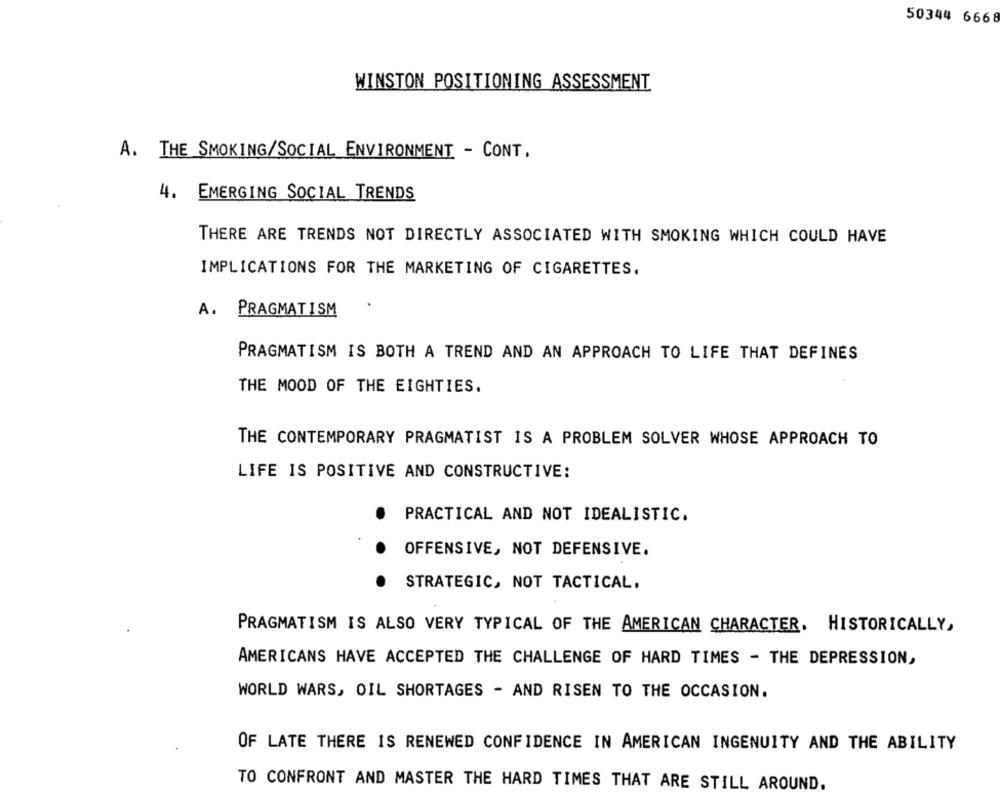
50344 6668
WINSTON POSITIONING ASSESSMENT
A. THE SMOKING/SOCIAL ENVIRONMENT - CONT.
4. EMERGING SOCIAL TRENDS
THERE ARE TRENDS NOT DIRECTLY ASSOCIATED WITH SMOKING WHICH COULD HAVE
IMPLICATIONS FOR THE MARKETING OF CIGARETTES.
A.
PRAGMATISM
PRAGMATISM IS BOTH A TREND AND AN APPROACH TO LIFE THAT DEFINES
THE MOOD OF THE EIGHTIES.
THE CONTEMPORARY PRAGMATIST IS A PROBLEM SOLVER WHOSE APPROACH TO
LIFE IS POSITIVE AND CONSTRUCTIVE:
. PRACTICAL AND NOT IDEALISTIC.
OFFENSIVE, NOT DEFENSIVE.
STRATEGIC, NOT TACTICAL.
PRAGMATISM IS ALSO VERY TYPICAL OF THE AMERICAN CHARACTER. HISTORICALLY,
AMERICANS HAVE ACCEPTED THE CHALLENGE OF HARD TIMES - THE DEPRESSION,
WORLD WARS, OIL SHORTAGES - AND RISEN TO THE OCCASION.
OF LATE THERE IS RENEWED CONFIDENCE IN AMERICAN INGENUITY AND THE ABILITY
TO CONFRONT AND MASTER THE HARD TIMES THAT ARE STILL AROUND.